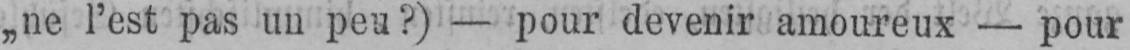
„ne l’est pas un peu?) - pour devenir amoureux - pour